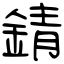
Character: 錆